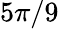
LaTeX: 5\pi/9